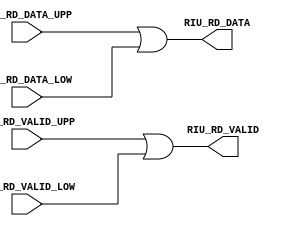
///////////////////////////////////////////////////////////////////////////////
//  Copyright (c) 1995/2015 Xilinx, Inc.
//  All Right Reserved.
///////////////////////////////////////////////////////////////////////////////
//
//   ____   ___
//  /   /\/   / 
// /___/  \  /     Vendor      : Xilinx 
// \   \   \/      Version     : 2015.4
//  \   \          Description : Xilinx Formal Library Component
//  /   /                        
// /___/   /\      Filename    : RIU_OR.v
// \   \  /  \ 
//  \___\/\___\                    
//                                 
///////////////////////////////////////////////////////////////////////////////
//  Revision:
//     12/19/13 - Initial Version.
//  End Revision:
///////////////////////////////////////////////////////////////////////////////

`timescale 1 ps / 1 ps 

`celldefine

module RIU_OR 
#(
`ifdef XIL_TIMING //Simprim
  parameter LOC = "UNPLACED",
`endif
  parameter SIM_DEVICE = "ULTRASCALE",  
  parameter real SIM_VERSION = 2.0

)

(
  output [15:0] RIU_RD_DATA,
  output RIU_RD_VALID,

  input [15:0] RIU_RD_DATA_LOW,
  input [15:0] RIU_RD_DATA_UPP,
  input RIU_RD_VALID_LOW,
  input RIU_RD_VALID_UPP
);
  
// define constants
  localparam MODULE_NAME = "RIU_OR";
  localparam in_delay    = 0;
  localparam out_delay   = 0;
  localparam inclk_delay    = 0;
  localparam outclk_delay   = 0;

// Parameter encodings and registers

  wire RIU_RD_VALID_out;
  wire [15:0] RIU_RD_DATA_out;

  wire RIU_RD_VALID_delay;
  wire [15:0] RIU_RD_DATA_delay;

  wire RIU_RD_VALID_LOW_in;
  wire RIU_RD_VALID_UPP_in;
  wire [15:0] RIU_RD_DATA_LOW_in;
  wire [15:0] RIU_RD_DATA_UPP_in;

  wire RIU_RD_VALID_LOW_delay;
  wire RIU_RD_VALID_UPP_delay;
  wire [15:0] RIU_RD_DATA_LOW_delay;
  wire [15:0] RIU_RD_DATA_UPP_delay;
  
// input output assignments
  assign #(out_delay) RIU_RD_DATA = RIU_RD_DATA_delay;
  assign #(out_delay) RIU_RD_VALID = RIU_RD_VALID_delay;

  assign #(in_delay) RIU_RD_DATA_LOW_delay = RIU_RD_DATA_LOW;
  assign #(in_delay) RIU_RD_DATA_UPP_delay = RIU_RD_DATA_UPP;
  assign #(in_delay) RIU_RD_VALID_LOW_delay = RIU_RD_VALID_LOW;
  assign #(in_delay) RIU_RD_VALID_UPP_delay = RIU_RD_VALID_UPP;

  assign RIU_RD_DATA_delay = RIU_RD_DATA_out;
  assign RIU_RD_VALID_delay = RIU_RD_VALID_out;

  assign RIU_RD_DATA_LOW_in = RIU_RD_DATA_LOW_delay;
  assign RIU_RD_DATA_UPP_in = RIU_RD_DATA_UPP_delay;
  assign RIU_RD_VALID_LOW_in = RIU_RD_VALID_LOW_delay;
  assign RIU_RD_VALID_UPP_in = RIU_RD_VALID_UPP_delay;

  assign RIU_RD_DATA_out = RIU_RD_DATA_UPP_in | RIU_RD_DATA_LOW_in;
  assign RIU_RD_VALID_out =   RIU_RD_VALID_UPP_in | RIU_RD_VALID_LOW_in;

endmodule

`endcelldefine